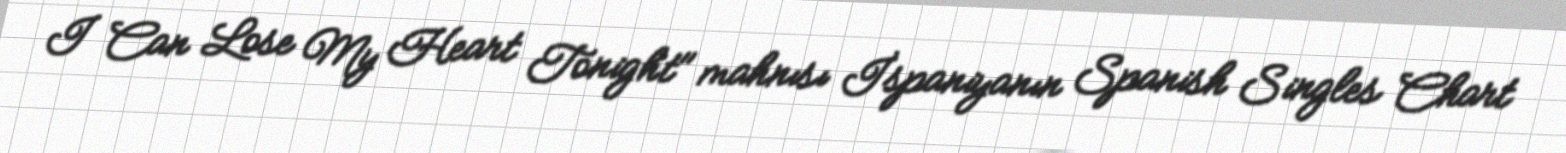
I Can Lose My Heart Tonight" mahnısı İspaniyanın Spanish Singles Chart